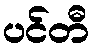
ပင်တီ